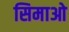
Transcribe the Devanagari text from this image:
सिमाओ